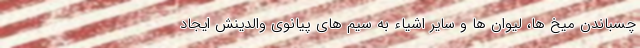
چسباندن میخ ها، لیوان ها و سایر اشیاء به سیم های پیانوی والدینش ایجاد